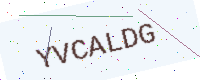
Text: YVCALDG